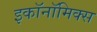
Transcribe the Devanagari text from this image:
इकॉनॉमिक्‍स